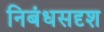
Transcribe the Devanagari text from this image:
निबंधसदृश